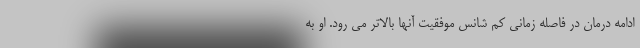
ادامه درمان در فاصله زمانی کم شانس موفقیت آنها بالاتر می رود. او به